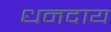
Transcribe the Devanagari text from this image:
धनदाय